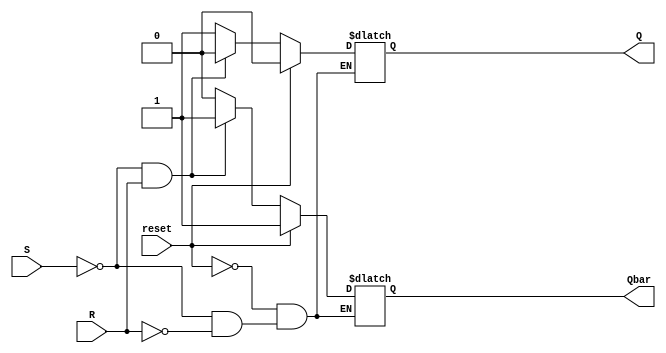
//verilog code for SR flip flop

module tanya_srff(S, R, reset, Q, Qbar);

	input S, R, reset;
	output reg Q, Qbar;

	always @(*)
	begin
		if (reset) 
		begin
			Q<=1'b0;
			Qbar<=1'b1;
		end 	
	
		else 
		begin
			if(S==0 && R==0)	
			begin
				Q<=Q;
				Qbar<=Qbar;
			end
			else if(S==0 && R==1)	
			begin
				Q<=1'b0;
				Qbar<=1'b1;
			end
			else if(S==1 && R==0)	
			begin
				Q<=1'b1;
				Qbar<=1'b0;
			end
			else	
			begin
				Q<=1'bx;
				Qbar<=1'bx;
			end
		end
	end
endmodule